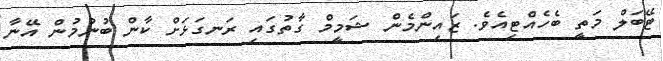
ޓޭބަލް މަތީ ބެހެއްޓިއެވެ. ޒައިންމެން ޝަމީމް ގާތުގައި ރަނގަޅަށް ކާން ބުނުމުން އޭނާ